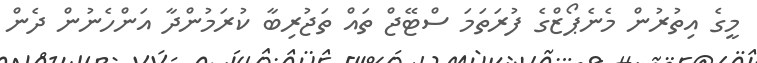
މީގެ އިތުރުން މެނެޕޯޒްގެ ފުރަތަމަ ސްޓޭޖް ތައް ތަޖުރިބާ ކުރަމުންދާ އަންހެނުން ދެން